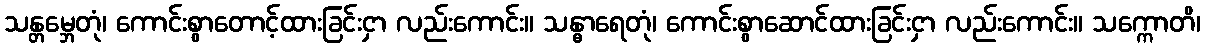
သန္တမ္ဘေတုံ၊ ကောင်းစွာတောင့်ထားခြင်းငှာ လည်းကောင်း။ သန္ဓာရေတုံ၊ ကောင်းစွာဆောင်ထားခြင်းငှာ လည်းကောင်း။ သက္ကောတိ၊